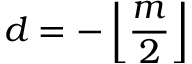
d = - \left\lfloor { \frac { m } { 2 } } \right\rfloor